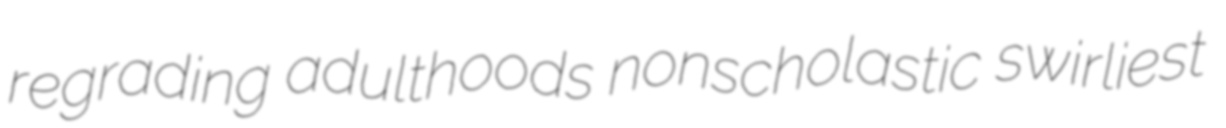
regrading adulthoods nonscholastic swirliest